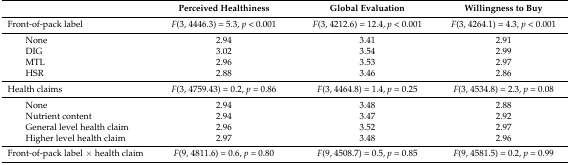
|  | Perceived Healthiness | Global Evaluation | Willingness to Buy |
 | --- | --- | --- | --- |
 | Front-of-pack label | F(3, 4446.3) = 5.3, p < 0.001 | F(3, 4212.6) = 12.4, p < 0.001 | F(3, 4264.1) = 4.3, p < 0.001 |
 | None | 2.94 | 3.41 | 2.91 |
 | DIG | 3.02 | 3.54 | 2.99 |
 | MTL | 2.96 | 3.53 | 2.97 |
 | HSR | 2.88 | 3.46 | 2.86 |
 | Health claims | F(3, 4759.43) = 0.2, p = 0.86 | F(3, 4464.8) = 1.4, p = 0.25 | F(3, 4534.8) = 2.3, p = 0.08 |
 | None | 2.94 | 3.48 | 2.88 |
 | Nutrient content | 2.94 | 3.47 | 2.92 |
 | General level health claim | 2.96 | 3.52 | 2.97 |
 | Higher level health claim | 2.97 | 3.48 | 2.96 |
 | Front-of-pack label × health claim | F(9, 4811.6) = 0.6, p = 0.80 | F(9, 4508.7) = 0.5, p = 0.85 | F(9, 4581.5) = 0.2, p = 0.99 |